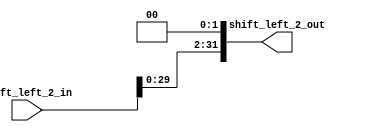
`timescale 1ns / 1ps

module ShiftLeft_2(shift_left_2_out, shift_left_2_in);

	output [31:0]shift_left_2_out;
	input [31:0]shift_left_2_in; 

	assign shift_left_2_out = shift_left_2_in << 2;

endmodule